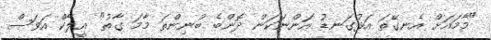
"މާމައަށް އެނގޭތަ އަޅުގަނޑު އަންނަކަން ދޮންބެ ބުނިންތަ މާމަ ގާތު" އީލާކް އަވަސް